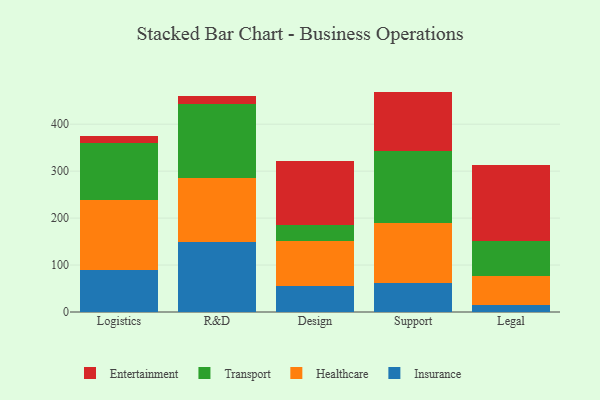
{"axis": {"x": "Department", "y": "Net Income (USD K)"}, "legend": ["Entertainment", "Healthcare", "Insurance", "Transport"], "data": [{"x": "Logistics", "y": 88.6, "type": "Insurance"}, {"x": "Logistics", "y": 150.7, "type": "Healthcare"}, {"x": "Logistics", "y": 120.5, "type": "Transport"}, {"x": "Logistics", "y": 15.8, "type": "Entertainment"}, {"x": "R&D", "y": 149.9, "type": "Insurance"}, {"x": "R&D", "y": 135.7, "type": "Healthcare"}, {"x": "R&D", "y": 157.3, "type": "Transport"}, {"x": "R&D", "y": 17.0, "type": "Entertainment"}, {"x": "Design", "y": 54.8, "type": "Insurance"}, {"x": "Design", "y": 96.6, "type": "Healthcare"}, {"x": "Design", "y": 34.9, "type": "Transport"}, {"x": "Design", "y": 135.1, "type": "Entertainment"}, {"x": "Support", "y": 60.9, "type": "Insurance"}, {"x": "Support", "y": 129.2, "type": "Healthcare"}, {"x": "Support", "y": 153.5, "type": "Transport"}, {"x": "Support", "y": 125.8, "type": "Entertainment"}, {"x": "Legal", "y": 15.5, "type": "Insurance"}, {"x": "Legal", "y": 62.1, "type": "Healthcare"}, {"x": "Legal", "y": 74.4, "type": "Transport"}, {"x": "Legal", "y": 160.2, "type": "Entertainment"}]}